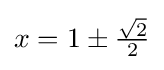
{\textstyle x=1\pm {\frac {\sqrt {2}}{2}}}